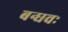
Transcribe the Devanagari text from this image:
बन्धवः